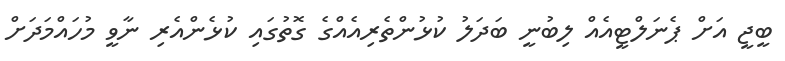
ބީޖީ އަށް ޕެނަލްޓީއެއް ލިބުނީ ބަދަލު ކުޅުންތެރިއެއްގެ ގޮތުގައި ކުޅެންއެރި ނާވީ މުހައްމަދަށް